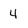
Character: 4